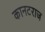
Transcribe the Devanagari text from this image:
कानटराज